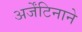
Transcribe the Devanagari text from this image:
अर्जेंटिनाने